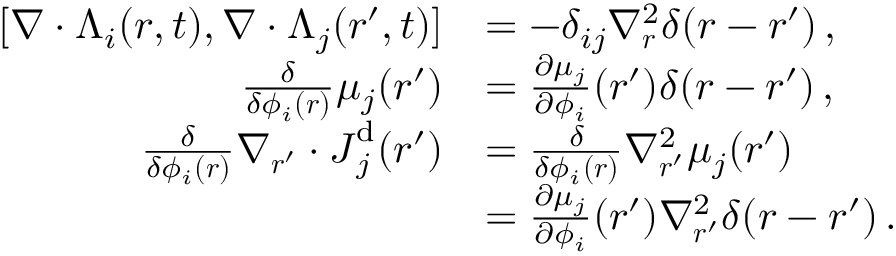
\begin{array} { r l } { [ \nabla \cdot { \boldsymbol { \Lambda } } _ { i } ( { \boldsymbol { r } } , t ) , \nabla \cdot { \boldsymbol { \Lambda } } _ { j } ( { \boldsymbol { r } } ^ { \prime } , t ) ] } & { = - \delta _ { i j } \nabla _ { \boldsymbol { r } } ^ { 2 } \delta ( { \boldsymbol { r } } - { \boldsymbol { r } } ^ { \prime } ) \, , } \\ { \frac { \delta } { \delta \phi _ { i } ( { \boldsymbol { r } } ) } \mu _ { j } ( { \boldsymbol { r } } ^ { \prime } ) } & { = \frac { \partial \mu _ { j } } { \partial \phi _ { i } } ( { \boldsymbol { r } } ^ { \prime } ) \delta ( { \boldsymbol { r } } - { \boldsymbol { r } } ^ { \prime } ) \, , } \\ { \frac { \delta } { \delta \phi _ { i } ( { \boldsymbol { r } } ) } \nabla _ { { \boldsymbol { r } } ^ { \prime } } \cdot { \boldsymbol { J } } _ { j } ^ { \mathrm { d } } ( { \boldsymbol { r } } ^ { \prime } ) } & { = \frac { \delta } { \delta \phi _ { i } ( { \boldsymbol { r } } ) } \nabla _ { { \boldsymbol { r } } ^ { \prime } } ^ { 2 } \mu _ { j } ( { \boldsymbol { r } } ^ { \prime } ) } \\ & { = \frac { \partial \mu _ { j } } { \partial \phi _ { i } } ( { \boldsymbol { r } } ^ { \prime } ) \nabla _ { { \boldsymbol { r } } ^ { \prime } } ^ { 2 } \delta ( { \boldsymbol { r } } - { \boldsymbol { r } } ^ { \prime } ) \, . } \end{array}